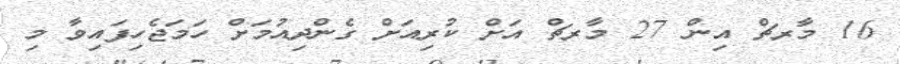
16 މާރޗް އިން 27 މާރޗް އަށް ކުރިއަށް ގެންދިއުމަށް ހަމަޖެހިފައިވާ މި